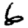
Digit: 6